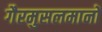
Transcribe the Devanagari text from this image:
गैरमुसलमानों